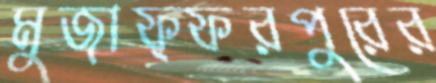
মুজাফ্ফরপুরের